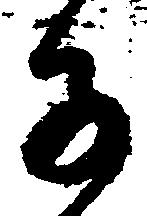
子